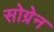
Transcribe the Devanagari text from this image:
सोग्रेन